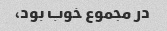
در مجموع خوب بود،